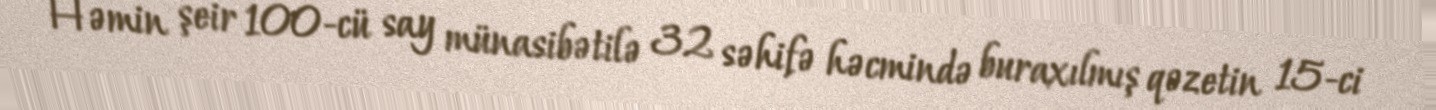
Həmin şeir 100-cü say münasibətilə 32 səhifə həcmində buraxılmış qəzetin 15-ci